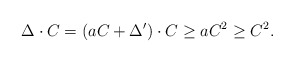
\begin{align*}\Delta \cdot C = (aC + \Delta') \cdot C \geq aC^2 \geq C^2. \end{align*}